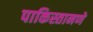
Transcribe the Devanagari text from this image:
पाकिस्तानणे